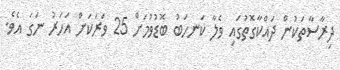
ދިރާސާތަކުން ދައްކާގޮތުގައި ވެލާ ކަނހަބު ބޮޑުވުމަށް 25 ވަރަކަށް އަހަރު ނަގަ އެވެ.